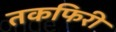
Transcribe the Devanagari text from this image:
तकफिरी